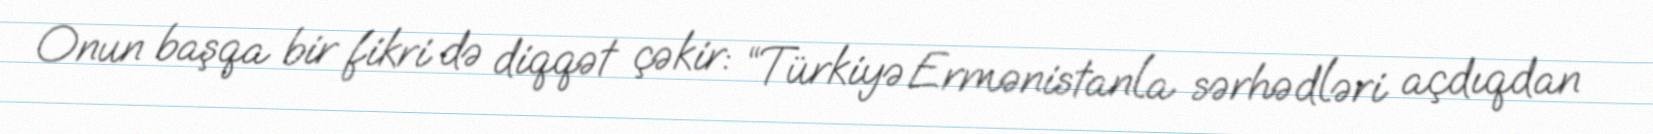
Onun başqa bir fikri də diqqət çəkir: “Türkiyə Ermənistanla sərhədləri açdıqdan